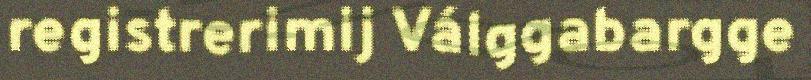
registrerimij Válggabargge